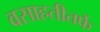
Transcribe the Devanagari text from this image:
वसाहतीतर्फे